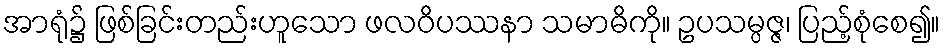
အာရုံ၌ ဖြစ်ခြင်းတည်းဟူသော ဖလဝိပဿနာ သမာဓိကို။ ဥပသမ္ပဇ္ဇ၊ ပြည့်စုံစေ၍။